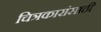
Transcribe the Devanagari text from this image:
चित्रकारांसाठी